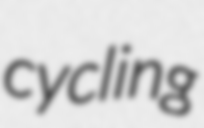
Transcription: cycling